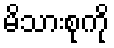
မိသားစုကို